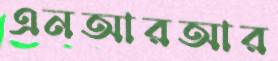
এনআরআর